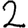
Digit: 2